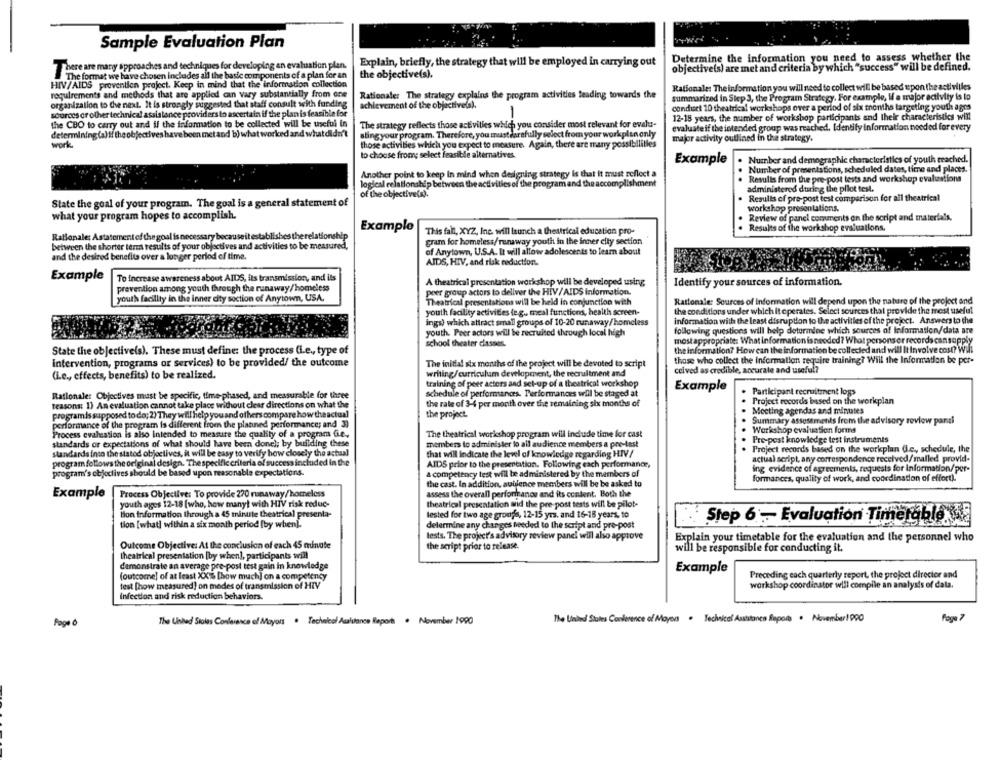
Sample Evaluation Plan
Determine the information you need to assess whether the
There are many approaches and techniques for developing an evaluation plan.
Explain, briefly, the strategy that will be employed in carrying out
objective(s) are met and criteria by which "success" will be defined.
The format we have chosen includes all the basic components of a plan for an
the objective(s).
HIV/AIDS prevention project. Keep in mind that the information collection
Rationale: The information you will need to collect will be based upon the activilles
requirements and methods that are applied can vary substantially from one
Rationale: The strategy explains the program activities leading towards the
summarized in Step 3, the Program Strategy. For example, W a major activity is lo
organization to the next. It is strongly suggested that staff consult with funding
achievement of the objectivela).
condicet 10 theatrical workshops over a period of six months targeting youth ages
sources or other technical assistance providers to ascertain if the plan is feasible for
-
12-18 years, the number of workshop participants and their characteristics will
the CBO to carry out and if the information to be collected will be useful in
The strategy reflects those activities which you consider most relevant for evalu-
evaluate if the intended group was reached. Identify information needed for every
determining (a) if the objectives have been met and b) what worked and what didn't
sting your program. Therefore, you mustcarefully select from your workplan only
major activity outlined in the strategy.
work
those activities which you expect to measure. Again, there are many possibilities
to choose from; select feasible alternatives.
Example
Number and demographic characteristics of youth reached.
Number of presentations, scheduled dates, time and places.
Another point to keep in mind when designing strategy is that it must reflect a
logical relationship between the activities of the program and the accomplishment
Results from the pre-post tests and workshop evahastions
administered during the pilot test.
of the objective(s).
Results of pre-post test comparison for all theatrical
State the goal of your program. The goal is a general statement of
workshop presentations.
what your program hopes to accomplish.
Review of panel comments on the script and materials.
Example
Results of the workshop evaluations.
Rationale: Astatement of the goal is necessary because it establishes the relationship
This fall, XYZ, Inc. will launch a theatrical education pro-
gram for homeless/runaway youth in the inner city section
between the shorter term results of your objectives and activities to be measured,
of Anytown, U.S.A. It will allow adolescents to learn about
and the desired benefits over a longer period of time.
AIDS, HIV, and risk reduction.
Example
To Increase awareness about AIDS, its transmission, and ils
A theatrical presentation workshop will be developed using
Identify your sources of information.
prevention among youth through the runaway/homeless
youth facility in the inner city section of Anytown, USA.
peer group actors to deliver the HIV/AIDS information.
Theatrical presentations will be held in conjunction with
Rationale: Sources of Information will depend upon the nature of the project and
youth facility activities (e.g ., meal functions, health screen-
the conditions under which it operates. Select sources that provide the most useful
information with the least disruption to the activities of the project. Answers to the
ings) which attract small groups of 10-20 runaway/homeless
youth. Peer actors will be recruited through local high
following questions will help determine which sources of Information/data are
school theater classes.
most appropriate: What information is needed? What persons or records cansupply
the information? How can the information be collected and will It involve cost? will
State the objective(s). These must define: the process (i.e ., type of
intervention, programs or services) to be provided/ the outcome
The initial six months of the project will be devoted to script
those who collect the Information require training? Will the Information be per-
writing/curriculum development, the recruitment and
ceived as credible, accurate and useful?
(i.e ., effects, benefits) to be realized.
training of peer actors and set-up of a theatrical workshop
Example
Rationale: Objectives must be specific, time-phased, and measurable for three
schedule of performances. Performances will be staged at
Participant recruitment logs
reasons: 1) An evaluation cannot take place without clear directions on what the
the rate of 3-4 per month over the remaining six months of
Project records based on the workplan
Meeting agendas and minutes
programis supposed to do; 2) They will help you and others compare how theactual
the project.
performance of the program is different from the planned performance; and 3)
Summary assessments from the advisory review panzi
Process evaluation is also intended to measure the quality of a program Gie ..
The theatrical workshop program will include time for cast
Workshop evaluation forms
Pre-pest knowledge test instruments
standards or expectations of what should have been donel; by building these
members to administer to all audience members a pre-tast
Project records based on the workplan (Le ,, schedule, the
standards into the stated objectives, it will be easy to verify how closely the actual
that will indicate the level of knowledge regarding HIV/
program follows the original design. Thespecific criteria of success included in the
AIDS prior to the presentation. Following each performance,
actual script, any correspondence received/malled provid-
ing evidence of agreements, requests for information/ per-
program's objectives should be based upon reasonable expectations.
a competency test will be administered by the members of
formances, quality of work, and coordination of effort).
the cast. In addition, sublence members will be be asked to
Example
Process Objective: To provide 220 runaway/homeless
assess the overall performance and its content. Both the
youth ages 12-18 [who, how many! with HIV risk reduc-
theatrical presentation and the pre-post tests will be pilot-
Hon information through a 45 minute theatrical presenta-
lested for two age groups, 12-15 yrs. and 16-18 years. to
tion [what] within a six month period [by when).
delermine any changes needed to the script and pre-post
Step 6 .- Evaluation Timetable wa
lests. The project's advisory review panel will also approve
Explain your timetable for the evaluation and the personnel who
Outcome Objective: At the conclusion of each 45 minute
the script prior to release.
will be responsible for conducting it.
theatrical presentation [by when], participants will
demonstrate an average pee-post test gain in knowledge
Example
(outcome] of at least XX16 [how much] on a competency
Preceding each quarterly report, the project director and
test [how measured] on modes of transmission of HIV
workshop coordinator will compile an analysis of data.
Infection and risk reduction behaviors.
Page
The United Stolas Conference of Mayors . Technical Auliance Report . November 1990
The United States Conference of Moyens . Technical Assistance Raports . November1900